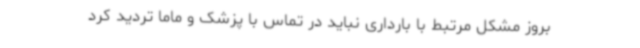
بروز مشکل مرتبط با بارداری نباید در تماس با پزشک و ماما تردید کرد